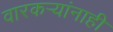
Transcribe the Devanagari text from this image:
वारकर्‍यांनाही